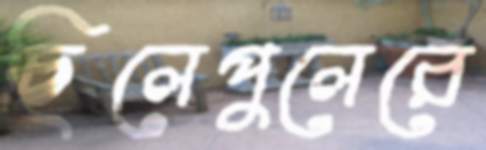
ছিলেপুলেরে